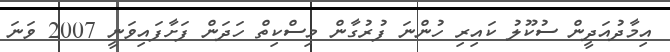
އިމާދުއަދީން ސުކޫލު ކައިރި ހުންނަ ފުރުގާން މިސްކިތް ހަދަން ފަށާފައިވަނީ 2007 ވަނަ